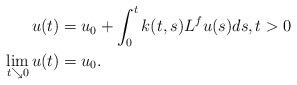
LaTeX: \begin{align*}u(t)&=u_0+\int_0^t k(t,s)L^f u(s)ds,t>0\\\lim_{t \searrow 0} u(t) &= u_0 . \end{align*}